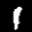
Label: 1